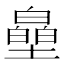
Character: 皨